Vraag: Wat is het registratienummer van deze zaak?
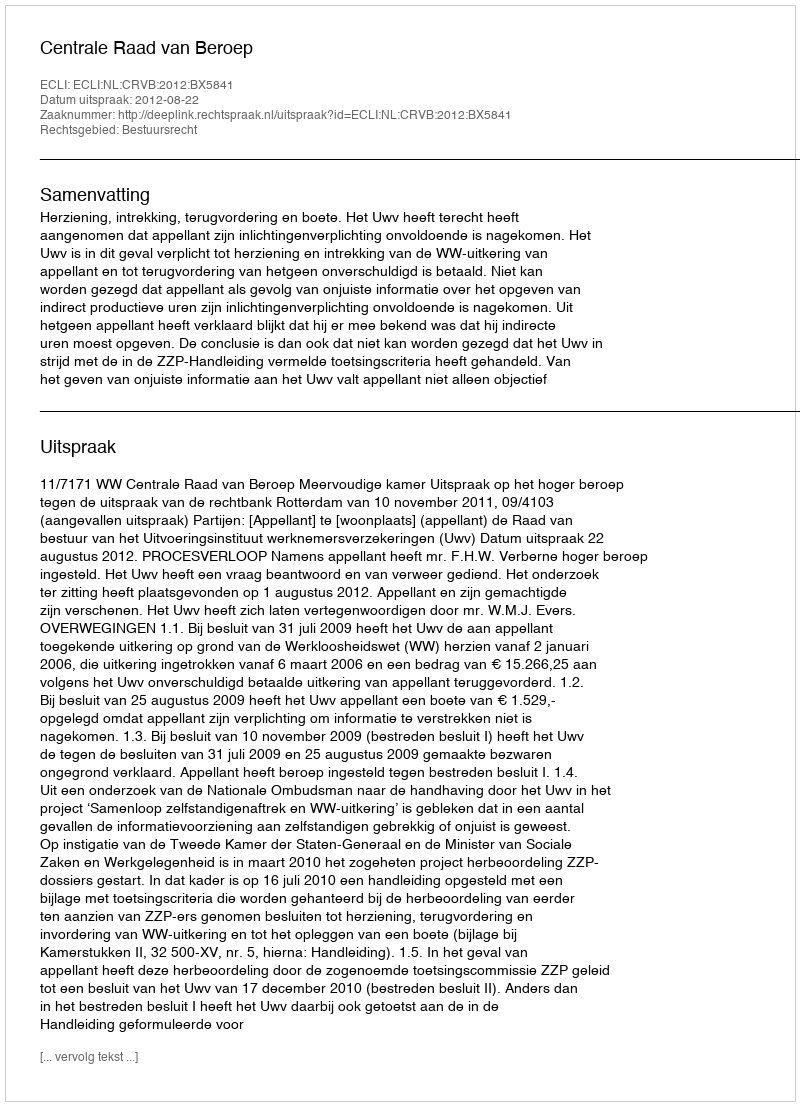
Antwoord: http://deeplink.rechtspraak.nl/uitspraak?id=ECLI:NL:CRVB:2012:BX5841